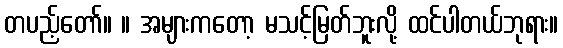
တပည့်တော်။ ။ အများကတော့ မသင့်မြတ်ဘူးလို့ ထင်ပါတယ်ဘုရား။